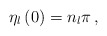
\begin{align*}\eta_l\left(0\right)=n_l\pi\,,\end{align*}